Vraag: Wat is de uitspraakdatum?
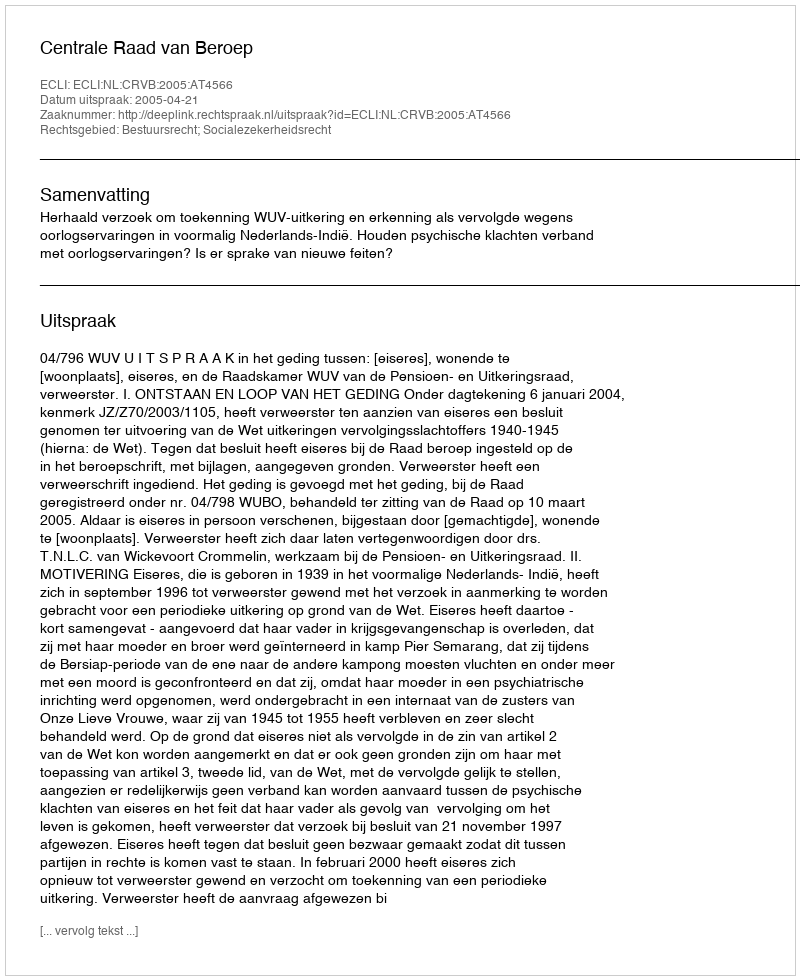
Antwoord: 2005-04-21